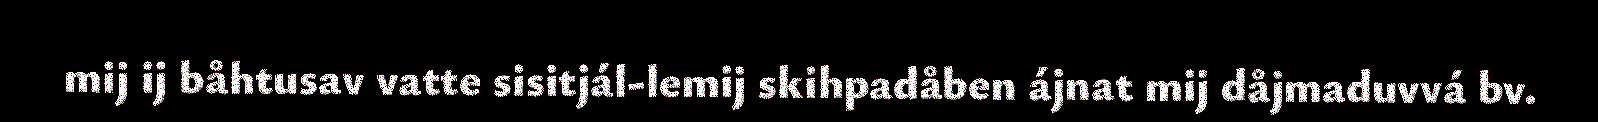
mij ij båhtusav vatte sisitjál-lemij skihpadåben ájnat mij dåjmaduvvá bv.